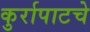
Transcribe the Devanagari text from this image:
कुर्रापाटचे